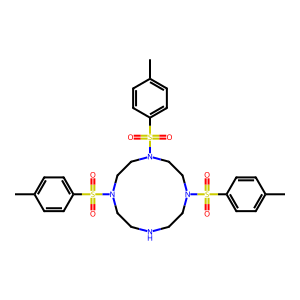
SMILES: Cc1ccc(S(=O)(=O)N2CCNCCN(S(=O)(=O)c3ccc(C)cc3)CCN(S(=O)(=O)c3ccc(C)cc3)CC2)cc1
Inhibits HIV replication: No